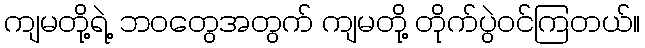
ကျမတို့ရဲ့ ဘဝတွေအတွက် ကျမတို့ တိုက်ပွဲဝင်ကြတယ်။